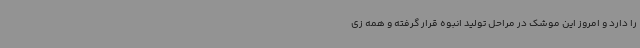
را دارد و امروز این موشک در مراحل تولید انبوه قرار گرفته و همه زی